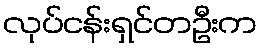
လုပ်ငန်းရှင်တဦးက